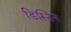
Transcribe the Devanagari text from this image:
डिस्टिन